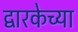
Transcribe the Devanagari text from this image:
द्वारकेच्या